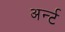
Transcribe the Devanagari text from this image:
अर्न्ट